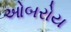
ઓબરોય